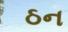
ઠન